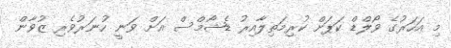
މި އަހަރުގެ ވޯލްޑް ކަޕަށް ކުރިމަތިލާއިރު ޑެޝޯމްސް އަށް ވަނީ ހުނަރުވެރި ޒުވާން